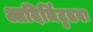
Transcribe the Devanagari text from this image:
आदिर्ञिटुडवः